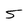
Character: S